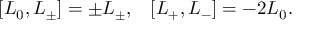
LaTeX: [ L _ { 0 } , L _ { \pm } ] = \pm L _ { \pm } , \; \; \; [ L _ { + } , L _ { - } ] = - 2 L _ { 0 } .